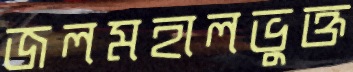
জলমহালভুক্ত